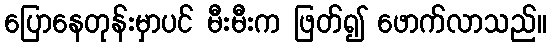
ပြောနေတုန်းမှာပင် မီးမီးက ဖြတ်၍ ဖောက်လာသည်။